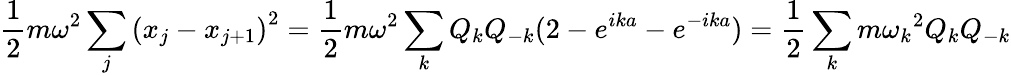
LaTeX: {\frac{1}{2}}m\omega^{2}\sum_{j}\left(x_{j}-x_{j+1}\right)^{2}={\frac{1}{2}}m\omega^{2}\sum_{k}Q_{k}Q_{-k}(2-e^{ika}-e^{-ika})={\frac{1}{2}}\sum_{k}m{\omega_{k}}^{2}Q_{k}Q_{-k}